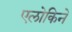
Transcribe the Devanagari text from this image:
एलोकिने